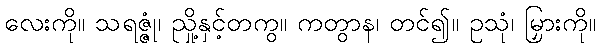
လေးကို။ သရဇ္ဇုံ၊ ညှို့နှင့်တကွ။ ကတွာန၊ တင်၍။ ဥသုံ၊ မြှားကို။